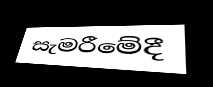
සැමරීමේදී